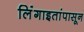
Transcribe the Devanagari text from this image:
लिंंगाइतांपासून